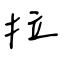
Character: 拉